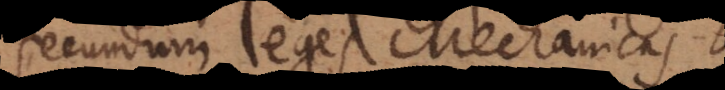
ecundum leges Mechanicas